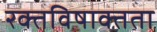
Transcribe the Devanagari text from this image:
रक्तविषाक्तता